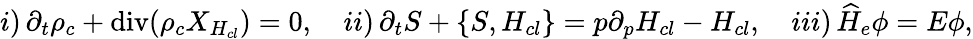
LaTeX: \begin{array}{r}{i)\, \partial_{t}\rho_{c}+\operatorname{div}(\rho_{c}{X}_{H_{cl}})=0,\quad ii)\, \partial_{t}S+\{ S,H_{cl}\} =p\partial_{p}H_{cl}-H_{cl},\quad iii)\, \widehat H_{e}\phi=E\phi,}\end{array}